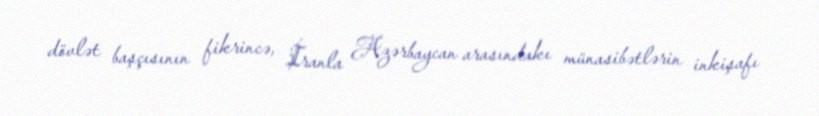
dövlət başçısının fikrincə, İranla Azərbaycan arasındakı münasibətlərin inkişafı